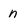
Character: n